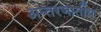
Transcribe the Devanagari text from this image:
अन्तरजार्तीय